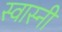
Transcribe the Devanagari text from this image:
स्वास्नी